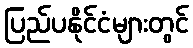
ပြည်ပနိုင်ငံများတွင်